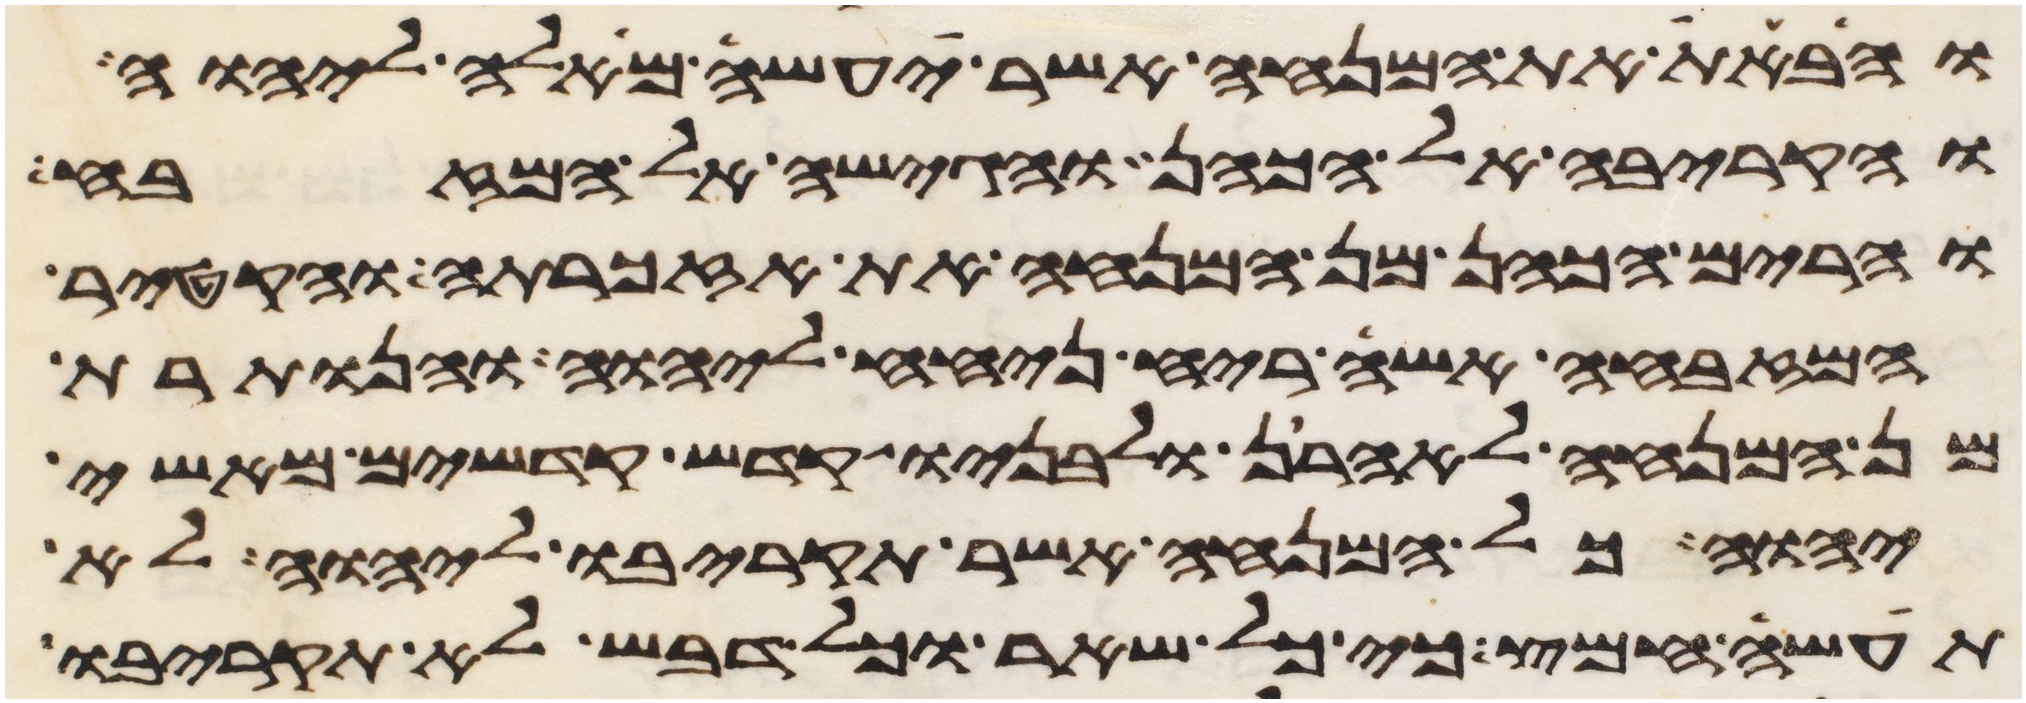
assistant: והבאת את המנחה אשר יעשה מאלה ליהוה
והקריבה אל הכהן והגישה אל המזבח
והרים הכהן מן המנחה את אזכרתה והקטיר
המזבחה אשה ריח ניחח ליהוה והנותרת
מן המנחה לאהרן ולבניו קדש קדשים מאשי
יהוה כל המנחה אשר תקריבו ליהוה לא
תעשה חמץ כי כל שאר וכל דבש לא תקריבו